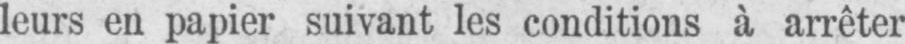
leurs en papier suivant les conditions à arrêter